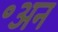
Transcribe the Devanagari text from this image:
॰अन